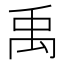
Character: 禹